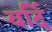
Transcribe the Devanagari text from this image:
वर्दि